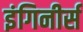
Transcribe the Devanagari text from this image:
इंगिनीर्स